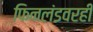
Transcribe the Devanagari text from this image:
फिनलंडवरही